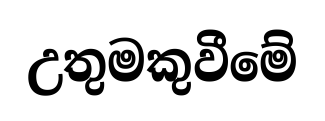
උතුමකුවීමේ